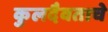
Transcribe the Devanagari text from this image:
कुलदैवताचे